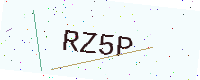
Text: RZ5P